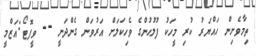
ތިމާވެށިން ހައްޔަރު ކުރި މީހަކު ފުލުހުންގެ ވެހިކަލަށް އަރުވަން ގެންދަނީ -- ވީފޮޓޯ:އަޒްމީ